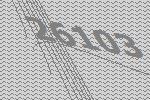
26103